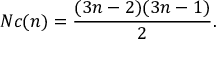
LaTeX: N c ( n ) = { \frac { ( 3 n - 2 ) ( 3 n - 1 ) } { 2 } } .